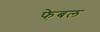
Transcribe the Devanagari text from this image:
फे़बल